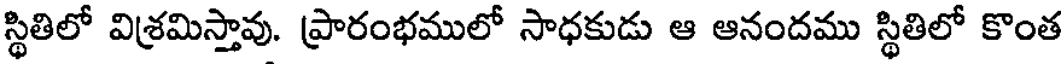
స్థితిలో విశ్రమిస్తావు. ప్రారంభములో సాధకుడు ఆ ఆనందము స్థితిలో కొంత